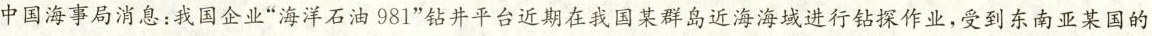
中国海事局消息：我国企业”海洋石油981”钻井平台近期在我国某群岛近海海域进行钻探作业，受到东南亚某国的